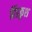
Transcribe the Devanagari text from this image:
हिंडकुश